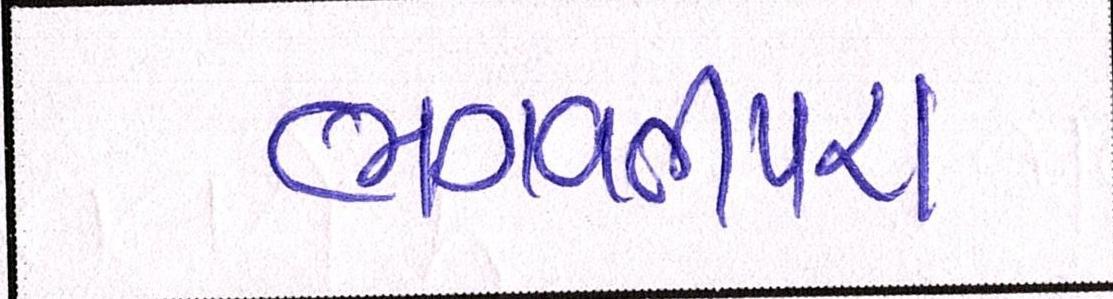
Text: ભગવતીપરા